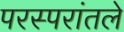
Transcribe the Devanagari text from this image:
परस्परांतले